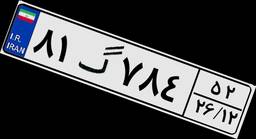
۸۱گ۷۸۴۵۲